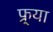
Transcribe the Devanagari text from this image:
फ्र्या